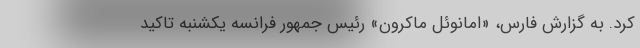
کرد. به گزارش فارس، «امانوئل ماکرون» رئیس جمهور فرانسه یکشنبه تاکید